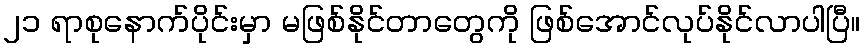
၂၁ ရာစုနောက်ပိုင်းမှာ မဖြစ်နိုင်တာတွေကို ဖြစ်အောင်လုပ်နိုင်လာပါပြီ။